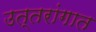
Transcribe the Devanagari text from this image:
उत्तरांगात